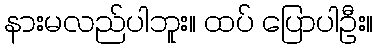
နားမလည်ပါဘူး။ ထပ် ပြောပါဦး။